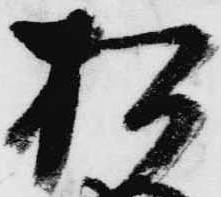
お